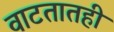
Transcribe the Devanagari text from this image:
वाटतातही